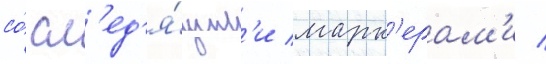
со́ сл'ед'я́щим'и марк'ерам'и /